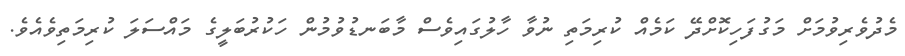
މެދުވެރިވުމަށް މަގުފަހިކޮށްދޭ ކަމެއް ކުރިމަތި ނުވާ ހާލުގައިވެސް މާބަނޑުވުމުން ހަކުރުބަލީގެ މައްސަަަލަ ކުރިމަތިވެއެވެ.